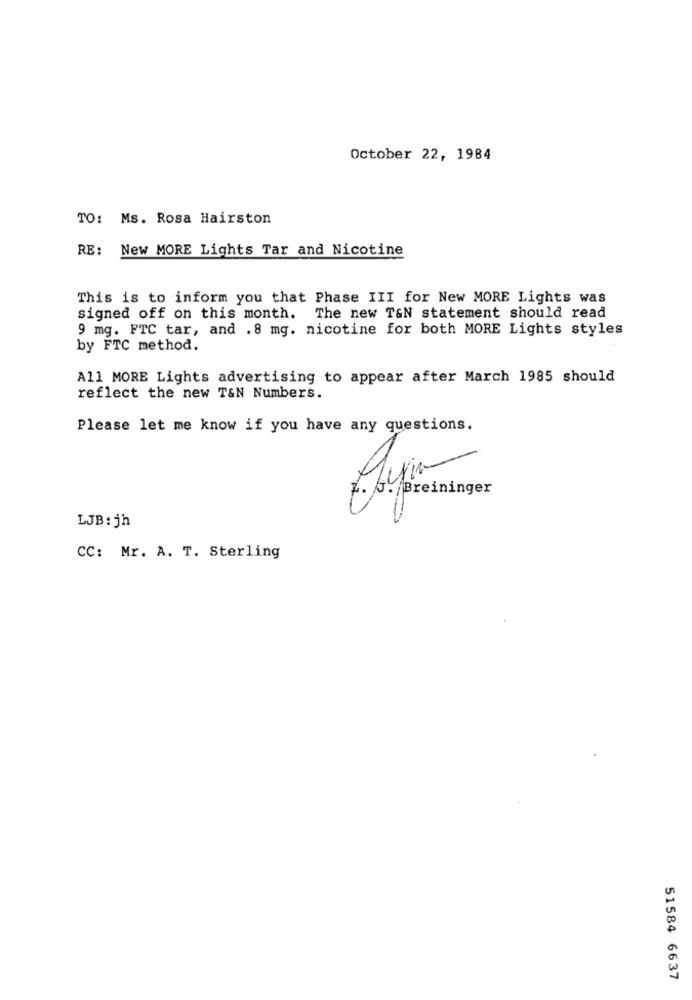
October 22, 1984
TO: Ms. Rosa Hairston
RE:
New MORE Lights Tar and Nicotine
This is to inform you that Phase III for New MORE Lights was
signed off on this month. The new T&N statement should read
9 mg. FTC tar, and .8 mg. nicotine for both MORE Lights styles
by FTC method.
All MORE Lights advertising to appear after March 1985 should
reflect the new T&N Numbers.
Please let me know if you have any questions.
z. J. Breininger
LJB: jh
CC: Mr. A. T. Sterling
51584 6637